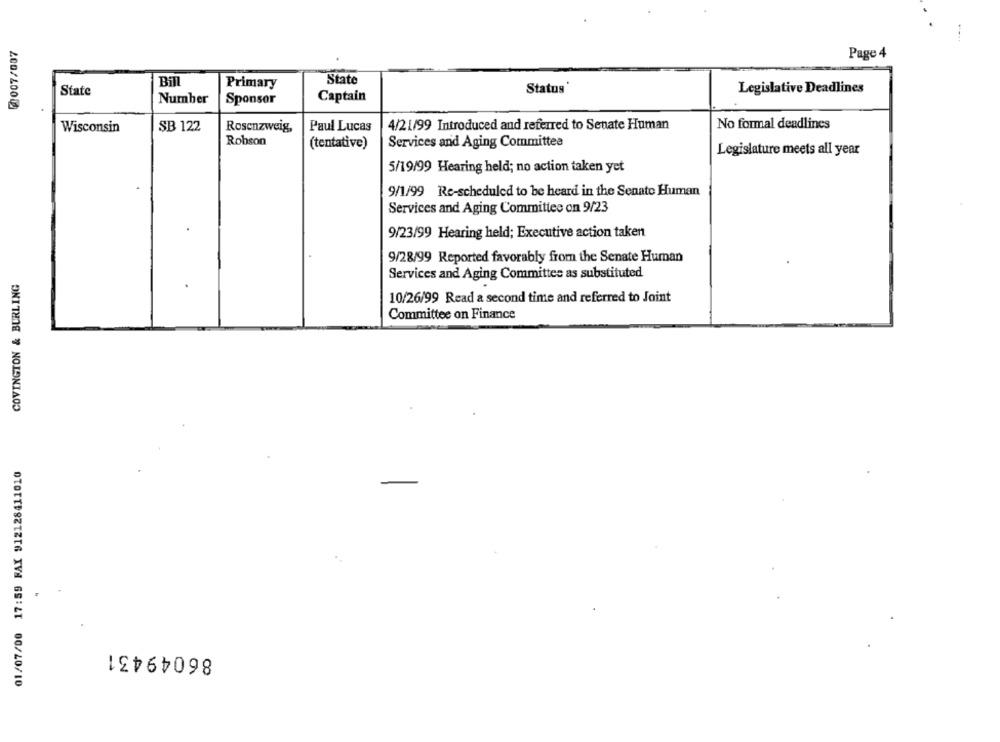
₡0007/007
Page 4
Bill
State
Primary
Status
Legislative Deadlines
State
Number
Sponsor
Captain
SB 122
4/21/99 Introduced and referred to Senate Human
No formal deadlines
Wisconsin
Rosenzweig,
Paul Lucas
Robson
(tentative)
Services and Aging Committee
Legislature meets all year
5/19/99 Hearing held; no action taken yet
9/1/99 Re-scheduled to be heard in the Senate Human
Services and Aging Committee on 9/23
9/23/99 Hearing held; Executive action taken
9/28/99 Reported favorably from the Senate Human
COVINGTON & BURLING
Services and Aging Committes as substituted
10/26/99 Read a second time and referred to Joint
Committee on Finance
01/07/00 17:59 FAX 912128411010
86049431